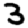
Digit: 3